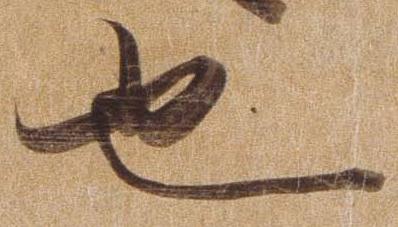
也